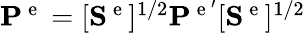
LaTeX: \begin{array}{r}{\mathbf{P}^{\mathrm{~e~}}=[\mathbf{S}^{\mathrm{~e~}}]^{1/2}\mathbf{P}^{\mathrm{~e~}^{\prime}}[\mathbf{S}^{\mathrm{~e~}}]^{1/2}}\end{array}